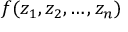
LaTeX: f ( z _ { 1 } , z _ { 2 } , \ldots , z _ { n } )